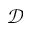
\mathcal { D }